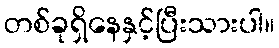
တစ်ခုရှိနေနှင့်ပြီးသားပါ။